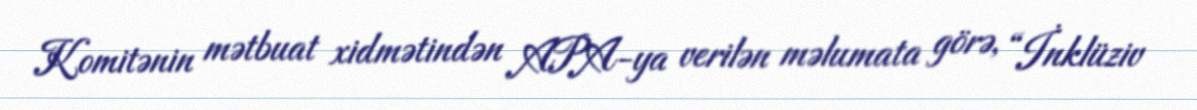
Komitənin mətbuat xidmətindən APA-ya verilən məlumata görə, “İnklüziv